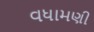
વધામણી